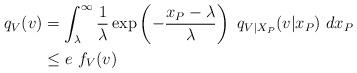
LaTeX: \begin{align*}q_V(v) &= \int_{\lambda}^\infty \frac{1}{\lambda} \exp\left(-\frac{x_P-\lambda}{\lambda}\right) ~ q_{V|X_P}(v|x_P) ~ dx_P \\&\leq e ~ f_{V}(v)\end{align*}